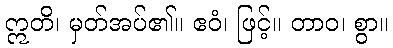
ဣတိ၊ မှတ်အပ်၏။ ဧဝံ၊ ဖြင့်။ တာဝ၊ စွာ။